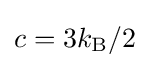
c=3k_{\rm {B}}/2